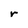
Character: r